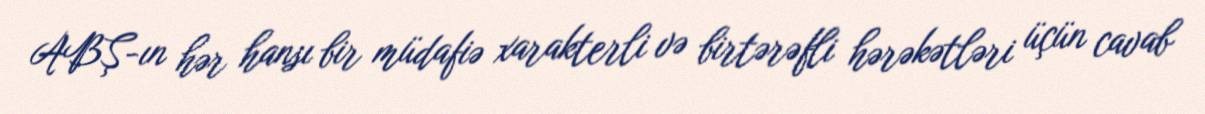
ABŞ-ın hər hansı bir müdafiə xarakterli və birtərəfli hərəkətləri üçün cavab